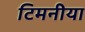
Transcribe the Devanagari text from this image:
टिमनीया